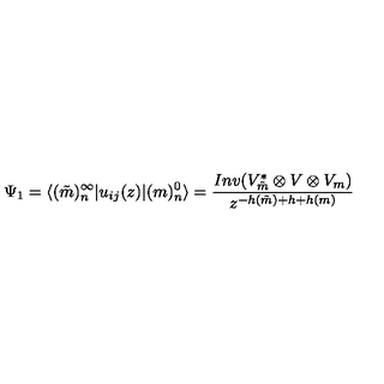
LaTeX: \Psi _ { 1 } = \langle ( \tilde { m } ) _ { n } ^ { \infty } | u _ { i j } ( z ) | ( m ) _ { n } ^ { 0 } \rangle = \frac { I n v ( V _ { \tilde { m } } ^ { \ast } \otimes V \otimes V _ { m } ) } { z ^ { - h ( \tilde { m } ) + h + h ( m ) } }